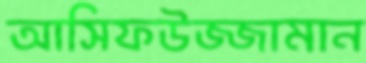
আসিফউজ্জামান